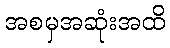
အစမှအဆုံးအထိ